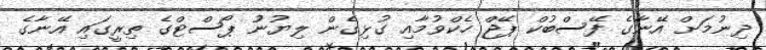
ދިނުމަށް އޭނާގެ ފޭސްބުކް ޕޭޖް ހެކްވުމާއި ގުޅިގެން ލިޔުނުު ޕޯސްޓްގެ ތިރީގައި އޭނާގެ